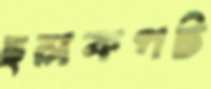
ছলকপট